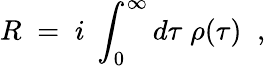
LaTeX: R\; =\; i\; \int_{0}^{\infty}d\tau\; \rho(\tau)\; \; ,